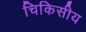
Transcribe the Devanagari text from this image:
चिकिसीय